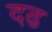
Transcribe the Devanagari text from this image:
दढ